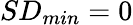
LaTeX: SD_{min}=0